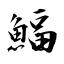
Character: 鰏